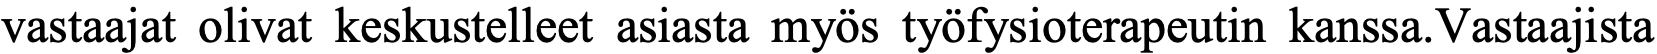
vastaajat olivat keskustelleet asiasta myös työfysioterapeutin kanssa.Vastaajista